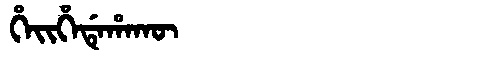
Manchu: ᡥᡝᡳᡥᡝᡩᡝᡥᠠᡴᡡ
Romanization: HEIHEDEHAKŪ